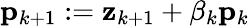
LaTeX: \mathbf{p}_{k+1}:=\mathbf{z}_{k+1}+\beta_{k}\mathbf{p}_{k}